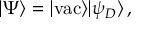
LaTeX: | \Psi \rangle = | { \mathrm { v a c } } \rangle | \psi _ { D } \rangle \, ,